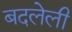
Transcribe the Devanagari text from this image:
बदलेली